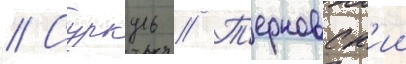
// Суркуль // Т'ерновск'ии